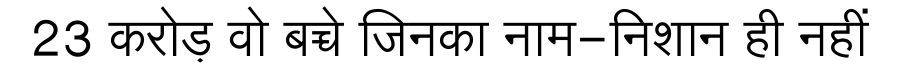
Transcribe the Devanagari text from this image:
23 करोड़ वो बच्चे जिनका नाम-निशान ही नहीं